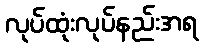
လုပ်ထုံးလုပ်နည်းအရ